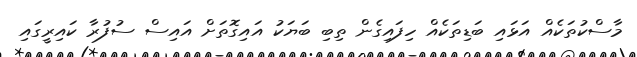
މާސްކުތަކެއް އަޅައި ބަޑިތަކެއް ހިފައިގެން ތިބި ބަޔަކު އައިގޮތަށް އައިސް ސުފުރާ ކައިރީގައި